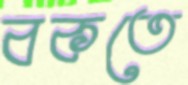
বকতে